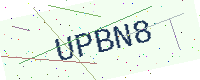
Text: UPBN8